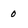
Character: 0